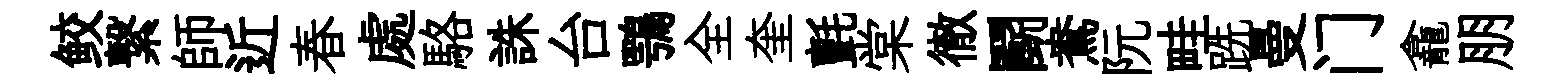
鲛繋師近春處駱誅台鶚全奎氈棠徹鬬鴦阮畦跣曼门龕朋